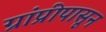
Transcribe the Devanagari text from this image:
ग्रांप्रीपासून